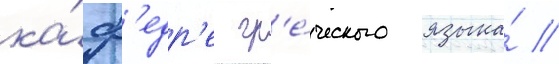
ка́ф'едр'е гр'е́ческого языка́ /